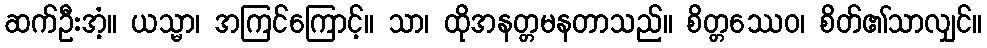
ဆက်ဦးအံ့။ ယသ္မာ၊ အကြင်ကြောင့်။ သာ၊ ထိုအနတ္တမနတာသည်။ စိတ္တဿေဝ၊ စိတ်၏သာလျှင်။